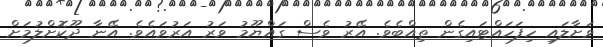
ވަށާލައި ހިފަހައްޓައިގެން ތިއްބެވެ. އޭރު ވެސް ގައްޔޫމު ވަރު އަރުވައެވެ. އޭނާ ދޫކޮށްލުމަށް